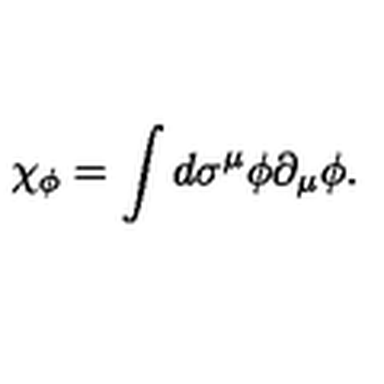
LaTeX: \chi _ { \phi } = \int d \sigma ^ { \mu } \phi \partial _ { \mu } \phi .